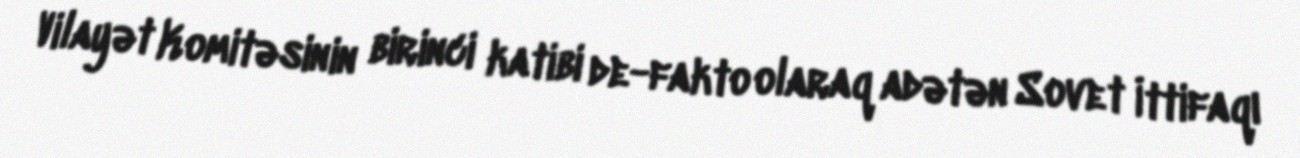
Vilayət Komitəsinin birinci katibi de-fakto olaraq adətən Sovet İttifaqı